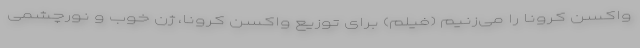
واکسن کرونا را می‌زنیم (فیلم) برای توزیع واکسن کرونا، ژن خوب و نورچشمی